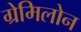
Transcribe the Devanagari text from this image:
ग्रेमिलोन